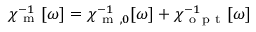
\chi _ { \mathrm { ~ m ~ } } ^ { - 1 } [ \omega ] = \chi _ { \mathrm { ~ m ~ } , 0 } ^ { - 1 } [ \omega ] + \chi _ { \mathrm { ~ o ~ p ~ t ~ } } ^ { - 1 } [ \omega ]